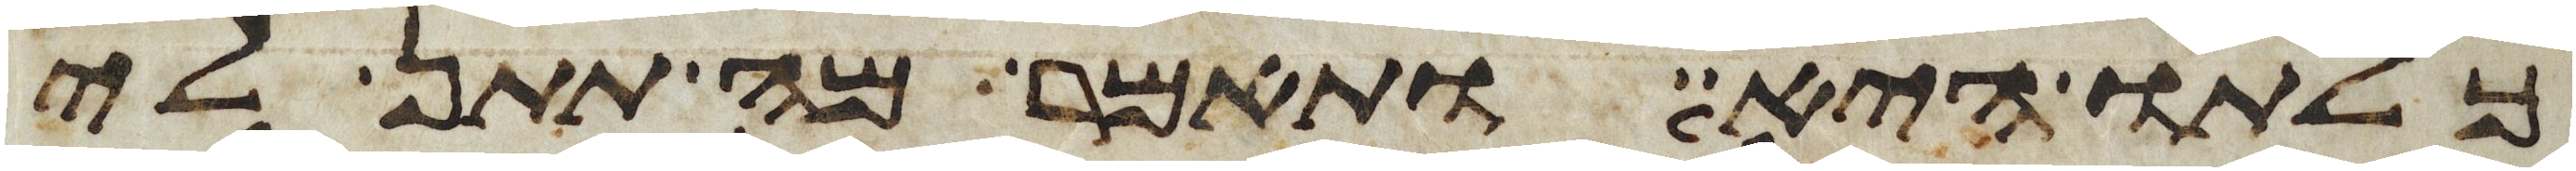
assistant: כלתו היא ותאמר מה תתן לי